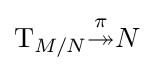
\mathrm {T} _{M/N}{\overset {\pi }{\twoheadrightarrow }}N